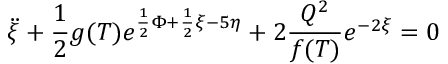
\ddot { \xi } + \frac { 1 } { 2 } g ( T ) e ^ { \frac { 1 } { 2 } \Phi + \frac { 1 } { 2 } \xi - 5 \eta } + 2 \frac { Q ^ { 2 } } { f ( T ) } e ^ { - 2 \xi } = 0